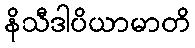
နိသီဒါပိယာမာတိ